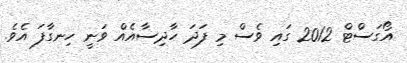
އޯގަސްޓް 2012 ގައި ވެސް މި ފަދަ ހާދިސާއެއް ވަނީ ހިނގާފަ އެވެ.